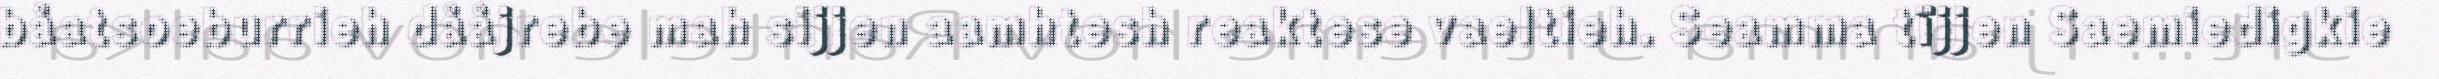
båatsoeburrieh dååjrebe mah sijjen aamhtesh reaktese vaeltieh. Seamma tïjjen Saemiedigkie